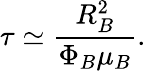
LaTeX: \tau\simeq\frac{R_{B}^{2}}{\Phi_{B}\mu_{B}}.